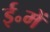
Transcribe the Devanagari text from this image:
ई॰में